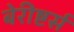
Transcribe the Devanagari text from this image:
बेरीष्टर्स